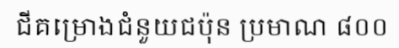
ជីគម្រោងជំនួយជប៉ុន ប្រមាណ ៨០០